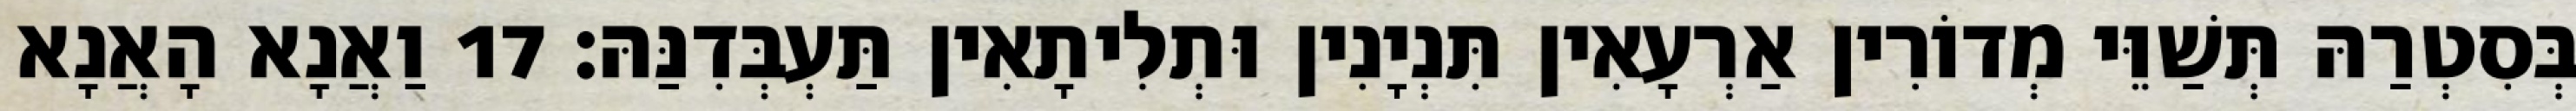
בְּסִטְרַהּ תְּשַׁוֵּי מְדוֹרִין אַרְעָאִין תִּנְיָנִין וּתְלִיתָאִין תַּעְבְּדִנַּהּ׃ 17 וַאֲנָא הָאֲנָא